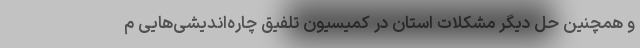
و همچنین حل دیگر مشکلات استان در کمیسیون تلفیق چاره‌اندیشی‌هایی م